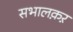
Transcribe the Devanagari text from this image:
सभालक़ऱ